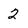
Character: 2